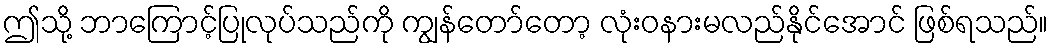
ဤသို့ ဘာကြောင့်ပြုလုပ်သည်ကို ကျွန်တော်တော့ လုံးဝနားမလည်နိုင်အောင် ဖြစ်ရသည်။